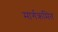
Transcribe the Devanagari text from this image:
मार्गक्रमित